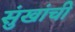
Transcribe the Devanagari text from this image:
सुंखांची